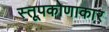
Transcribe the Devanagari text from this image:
स्तूपकोणाकार